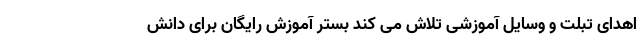
اهدای تبلت و وسایل آموزشی تلاش می کند بستر آموزش رایگان برای دانش